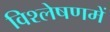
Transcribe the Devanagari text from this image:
विश्लेषणमें